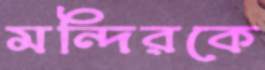
মন্দিরকে